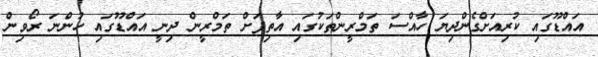
އައްޑޫގައި ކުރިއަށްގެންދިޔަ ހާއްސަ ތަމްރީންތަކުގައި އާތިފަށް ތަމްރީން ދިނީ އައްޑޫގައި ހުންނަ ރޯވިން